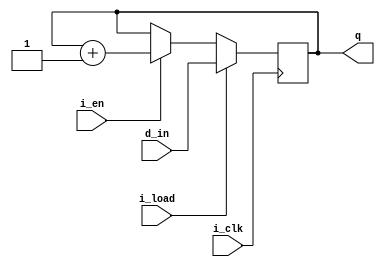
`timescale 1 ns / 10 ps


module counter(i_clk, i_en, i_load, d_in, q);


input i_clk, i_en, i_load;
input [7:0] d_in;
output reg [7:0] q;

 
always @ (posedge i_clk)
begin
if (i_load)
q <= d_in;
else if (i_en == 1'b1)
q <= q + 1;
end
 
endmodule